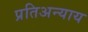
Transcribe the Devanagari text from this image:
प्रतिअन्याय